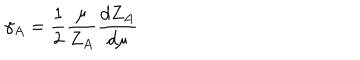
LaTeX: \gamma _ { A } = \frac { 1 } { 2 } \frac { \mu } { Z _ { A } } \frac { d Z _ { A } } { d \mu }